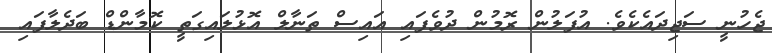
ޖެހުނީ ސަޖިދައެކެވެ. އުފަލުން ރޮމުން ދުވެފައި އައިސް ތަނާލް އޮޅުލައިގަތީ ކޮމާންޑް ބަދެލާފައި